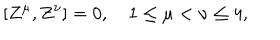
LaTeX: [ Z ^ { \mu } , Z ^ { \nu } ] = 0 , \quad 1 \leq \mu < \nu \leq 4 ,